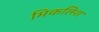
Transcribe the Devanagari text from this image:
मिकलिश